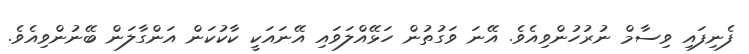
ފެނިފައި ވިސާމް ނުރުހުންވިއެވެ. އޭނަ ވަގުތުން ހަޅޭއްލަވައި އޭނައަކީ ކާކުކަން އަންގާލަން ބޭނުންވިއެވެ.